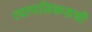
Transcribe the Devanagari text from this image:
त्यापलिकडची